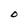
Character: O